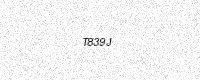
Text: T839J